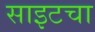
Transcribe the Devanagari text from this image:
साइटचा